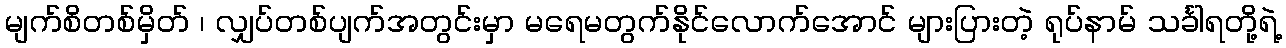
မျက်စိတစ်မှိတ် ၊ လျှပ်တစ်ပျက်အတွင်းမှာ မရေမတွက်နိုင်လောက်အောင် များပြားတဲ့ ရုပ်နာမ် သင်္ခါရတို့ရဲ့